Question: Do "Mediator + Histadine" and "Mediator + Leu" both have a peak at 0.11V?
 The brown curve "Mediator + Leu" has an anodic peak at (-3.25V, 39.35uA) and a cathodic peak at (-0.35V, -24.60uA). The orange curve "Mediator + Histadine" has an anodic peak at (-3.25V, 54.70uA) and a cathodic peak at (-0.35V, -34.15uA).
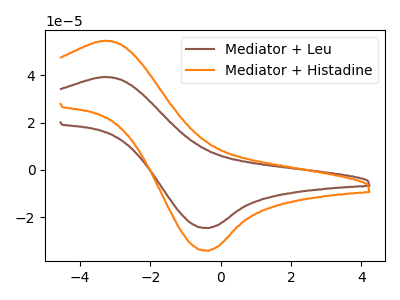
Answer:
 <answer>No, "Mediator + Histadine" and "Mediator + Leu" dont share a peak at 0.11V.</answer>
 <eval>mismatch</eval>